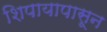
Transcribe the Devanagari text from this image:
शिपायापासून